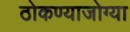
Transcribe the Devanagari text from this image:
ठोकण्याजोग्या